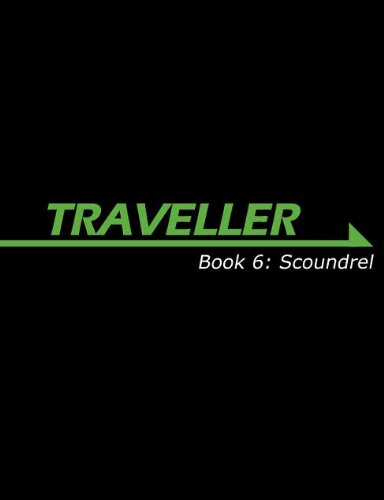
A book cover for Traveller Book 6: Scoundrel (Traveller Sci-Fi Roleplaying); Gareth Hanrahan; Science Fiction & Fantasy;